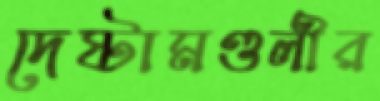
দেষ্টামণ্ডলীর